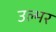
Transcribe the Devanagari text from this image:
उल्मर